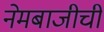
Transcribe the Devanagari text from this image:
नेमबाजीची